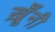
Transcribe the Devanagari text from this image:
ख़ूँनी